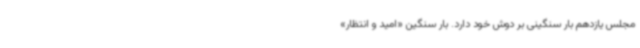
مجلس یازدهم بار سنگینی بر دوش خود دارد. بار سنگین «امید و انتظار»